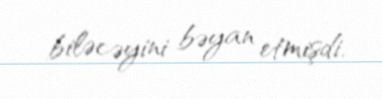
biləcəyini bəyan etmişdi.